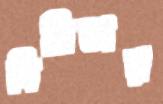
দিমিতার